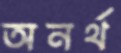
অনর্থ